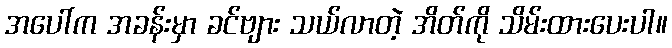
အပေါ်က အခန်းမှာ ခင်ဗျား သယ်လာတဲ့ အိတ်ကို သိမ်းထားပေးပါ။